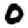
Digit: 0